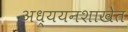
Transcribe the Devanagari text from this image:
अध्ययनशाखेत